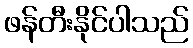
ဖန်တီးနိုင်ပါသည်